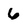
Character: 6